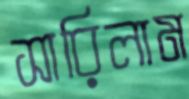
সারিলাম